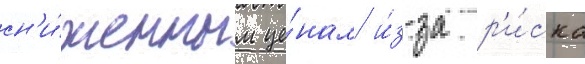
сн'и́женным це́нам и́з-за р'и́ска